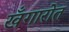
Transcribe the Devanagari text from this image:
खँगारोत